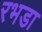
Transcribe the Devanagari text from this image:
रभडा